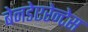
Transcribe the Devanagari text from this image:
बेनडेएरेन्टेस